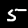
Digit: 5